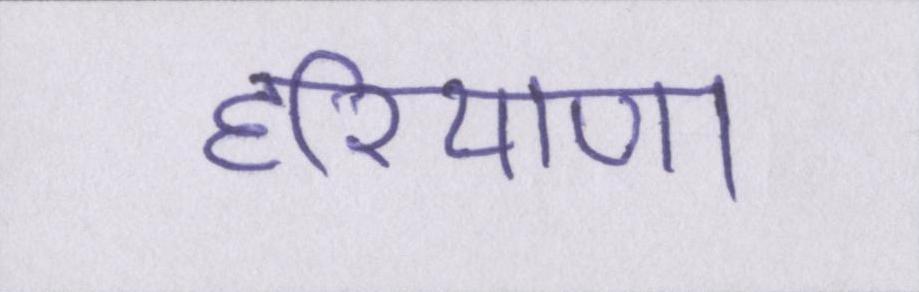
हरियाणा